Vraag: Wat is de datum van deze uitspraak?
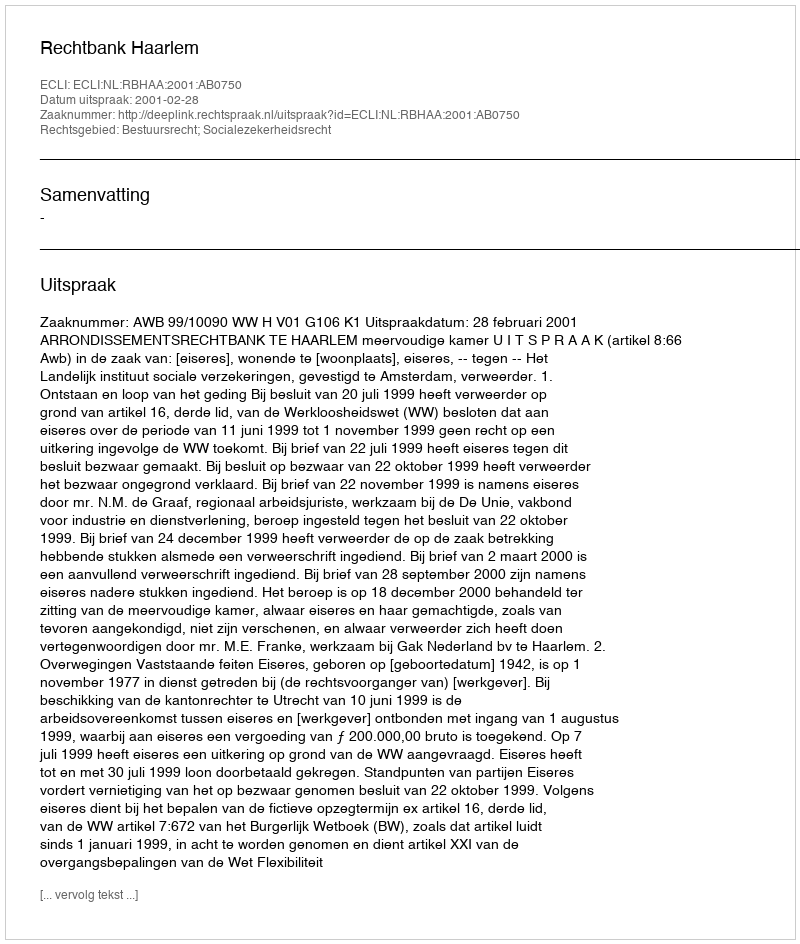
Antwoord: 2001-02-28